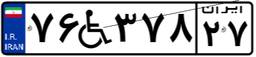
۷۶W۳۷۸۲۷